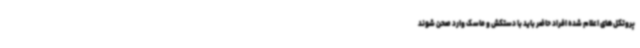
پروتکل‌های اعلام شده افراد حاضر باید با دستکش و ماسک وارد صحن شوند